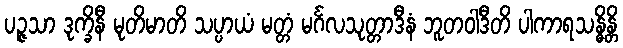
ပဉ္ဇသာ ဒုက္ခိနီ မုတိမာတိ သပ္ပာယံ မတ္တံ မင်္ဂလသုတ္တာဒီနံ ဘူတဝါဒီတိ ပါကာရသန္ဓိန္တိ